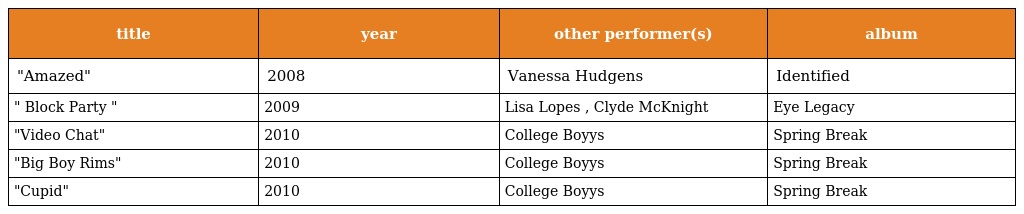
| title | year | other performer(s) | album |
 | --- | --- | --- | --- |
 | "Amazed" | 2008 | Vanessa Hudgens | Identified |
 | " Block Party " | 2009 | Lisa Lopes , Clyde McKnight | Eye Legacy |
 | "Video Chat" | 2010 | College Boyys | Spring Break |
 | "Big Boy Rims" | 2010 | College Boyys | Spring Break |
 | "Cupid" | 2010 | College Boyys | Spring Break |